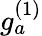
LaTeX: g_{a}^{(1)}